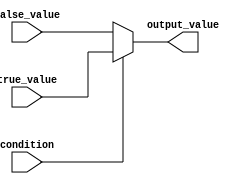
module conditional_assignment (
    input wire condition,        // Boolean condition input
    input wire [7:0] true_value, // Value assigned if condition is true
    input wire [7:0] false_value, // Value assigned if condition is false
    output reg [7:0] output_value // Output variable reflecting the result
);

    // Always block to evaluate the condition and assign output
    always @(*) begin
        output_value = condition ? true_value : false_value;
    end

endmodule